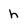
Character: h